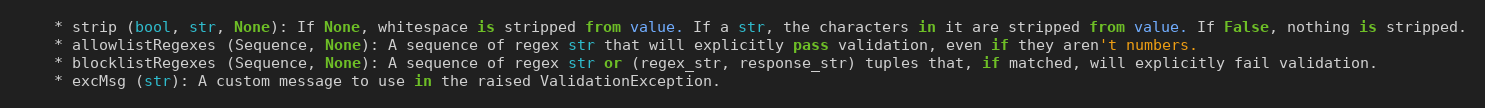
Language: Python
    * strip (bool, str, None): If None, whitespace is stripped from value. If a str, the characters in it are stripped from value. If False, nothing is stripped.
    * allowlistRegexes (Sequence, None): A sequence of regex str that will explicitly pass validation, even if they aren't numbers.
    * blocklistRegexes (Sequence, None): A sequence of regex str or (regex_str, response_str) tuples that, if matched, will explicitly fail validation.
    * excMsg (str): A custom message to use in the raised ValidationException.